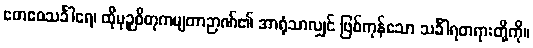
တေဧဝသင်္ခါရေ၊ ထိုမုဉှစိတုကမျတာဉာဏ်၏ အာရုံသာလျှင် ဖြစ်ကုန်သော သင်္ခါရတရားတို့ကို။